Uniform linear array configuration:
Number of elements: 24
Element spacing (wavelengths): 0.25
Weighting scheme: uniform
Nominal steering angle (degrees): -45
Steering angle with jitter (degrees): -43.0
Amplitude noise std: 0.05
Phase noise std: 0.05

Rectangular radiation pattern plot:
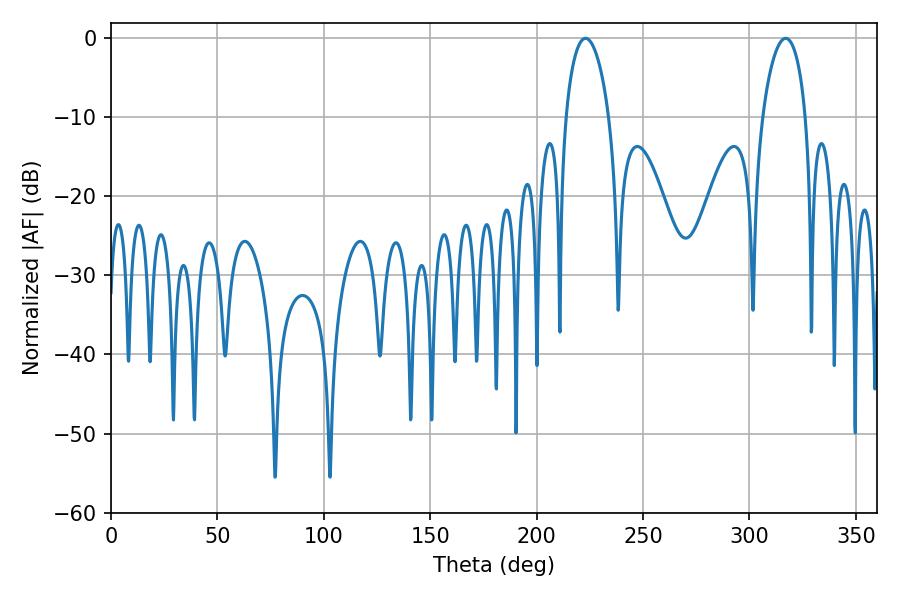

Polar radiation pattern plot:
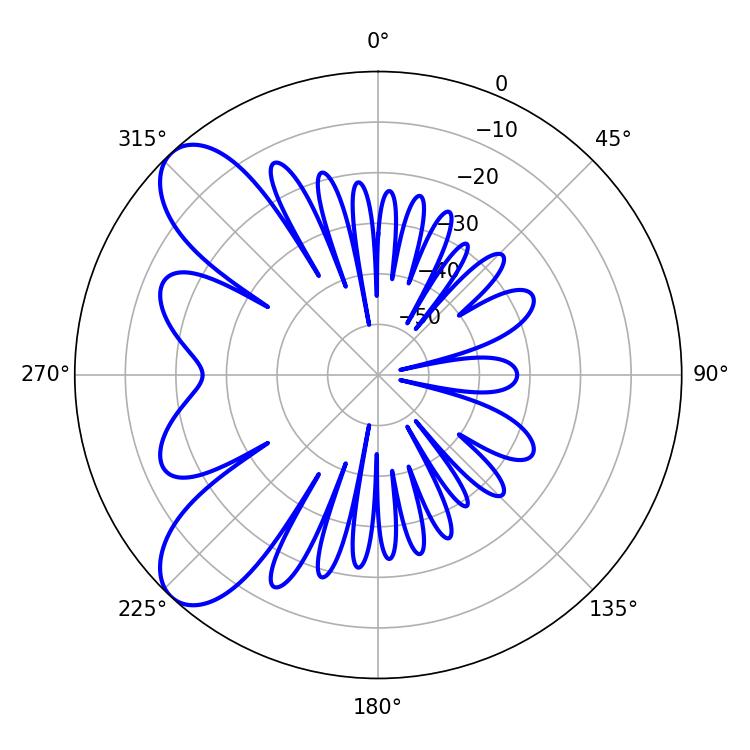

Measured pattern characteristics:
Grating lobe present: FALSE
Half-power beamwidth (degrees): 11.7
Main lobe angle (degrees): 223.02